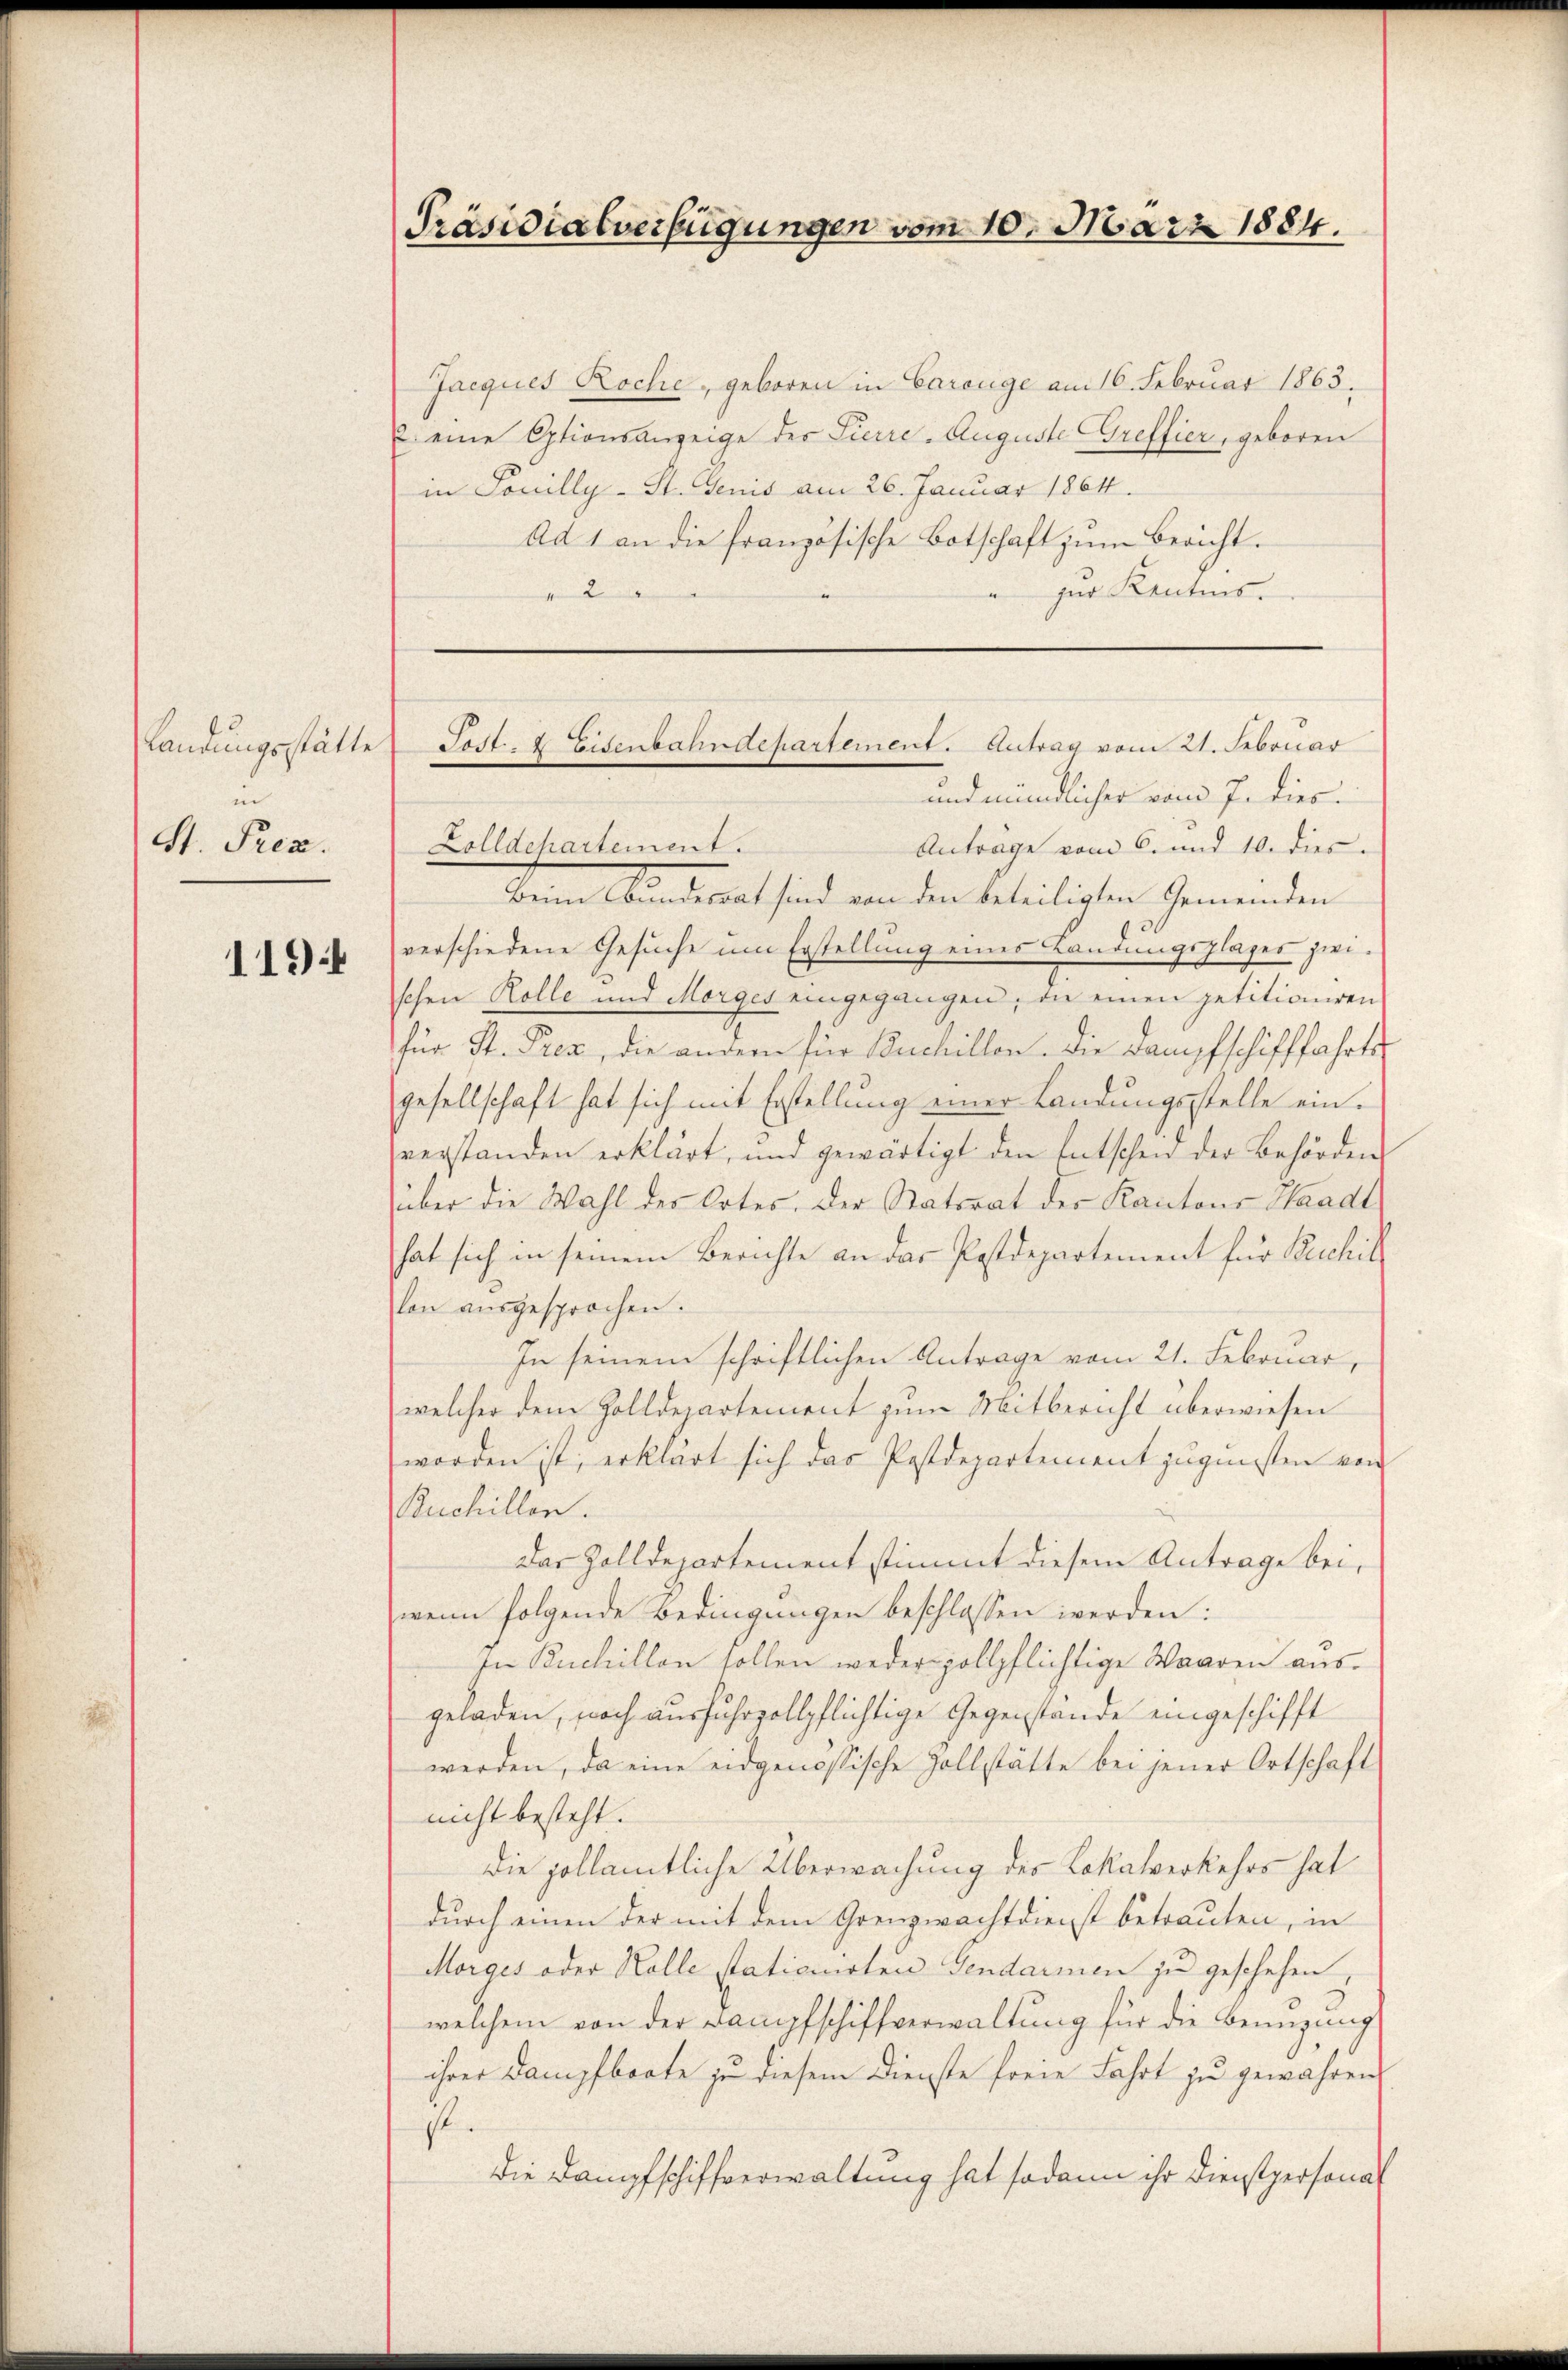
Landungsstätte
un
St. Prez.

119

Jacques Roche, geboren in Carouge am 16. Februar 1863.
2 eine Optionsanzeige der Pierre-Auguste Greffier, geboren
in Souilly-St. Genis am 26. Januar 1864.
Ad 1 an die französische Botschaft zum Bericht.
zur Kentnis.
essenen der

Präsidialverfügungen vom 10. März 1884.

Post- & Eisenbahndepartement. Antrag vom 21. Februar

und mündlicher vom 7. dies
Zolldchartement.
Anträge vom 6. und 10. dies
Dem Bundesrat sind von den beteiligten Gemeinden
verschiedene Gesuche um Erstellung eines Landungsplages zweischen Kolle und Morges eingegangen, die einen petitioniren
für St. Prez, die andern für Buchillen. Die Dampfschifffahrtsgesellschaft hat sich mit Erstellung einer Landungsstelle einverstanden erklärt, und gewärtigt den Entschen der Behörden
über die Wahl des Ortes. Der Statorat der Kantons Waadt
hat sich in seinem Berichte an das Postdepartement für Beschil
lon ausgesprochen.
In seinem schriftlichen Antrage vom 21. Februar,
welcher dem Zolldepartement zum Mitbericht überwiesen
worden ist, erklärt sich das Postdepartement jugensten von
Buchillen.
Das Zolldepartement stimmt diesem Antrage bei,
wenn folgende Bedingungen beschlossen werden:
sn Buchillen sollen weder zollpflichtige Waaren aus.
geladen, noch ausfuhrzollpflichtige Gegenstände eingeschifft
werden, da eine eidgenössische Zollstätte bei jener Ortschaft
nicht besteht.
Die hollämtliche Überwachung des Lokalverkehrs hat
durch einen der mit dem Grenzwachtdienst betrauten, in
Morges oder Kolle stationirten Gendarmen zu geschehen.
welchem von der Dampfschiffverwaltung für die Benüzung
ihrer Dampfboote zu diesem Dienste freie Fahrt zu gewähren
st.
die Dampfschiffverwaltung hat sodann ihr Dienstpersonat